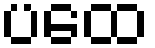
ပထေ